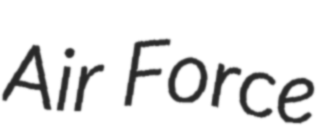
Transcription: Air Force